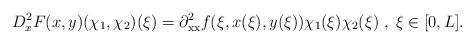
LaTeX: \begin{align*} D^2_{x}F(x,y)(\chi_1, \chi_2)(\xi)=\partial^2_{\mathrm{x}\mathrm{x}}f(\xi, x(\xi), y(\xi))\chi_1(\xi)\chi_2(\xi)\;,\;\xi\in[0,L]. \end{align*}